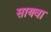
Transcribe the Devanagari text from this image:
सायवा